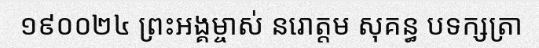
១៩០០២៤ ព្រះអង្គម្ចាស់ នរោត្តម សុគន្ធ បទក្សត្រា